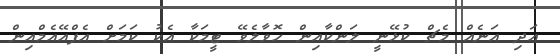
އަދި އަނެއް މެޗް ކުޅޭނީ ލަންކާއިން ހޮވާލެވޭ ޓީމަކާ އެކު ކަމަށް އެފްއޭއެމްއިން